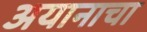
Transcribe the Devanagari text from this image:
अयानाचा